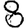
Digit: 8